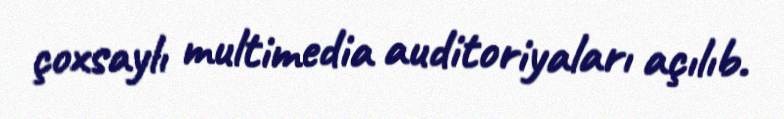
çoxsaylı multimedia auditoriyaları açılıb.